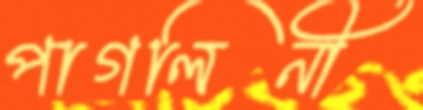
পাগলিনী